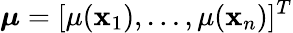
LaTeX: \boldsymbol{\mu}=[\mu(\mathbf{x}_{1}),\dots,\mu(\mathbf{x}_{n})]^{T}